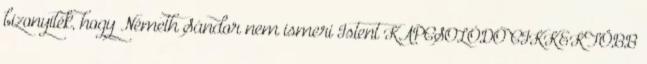
bizonyíték, hogy Németh Sándor nem ismeri Istent KAPCSOLÓDÓ CIKKEKTÖBB